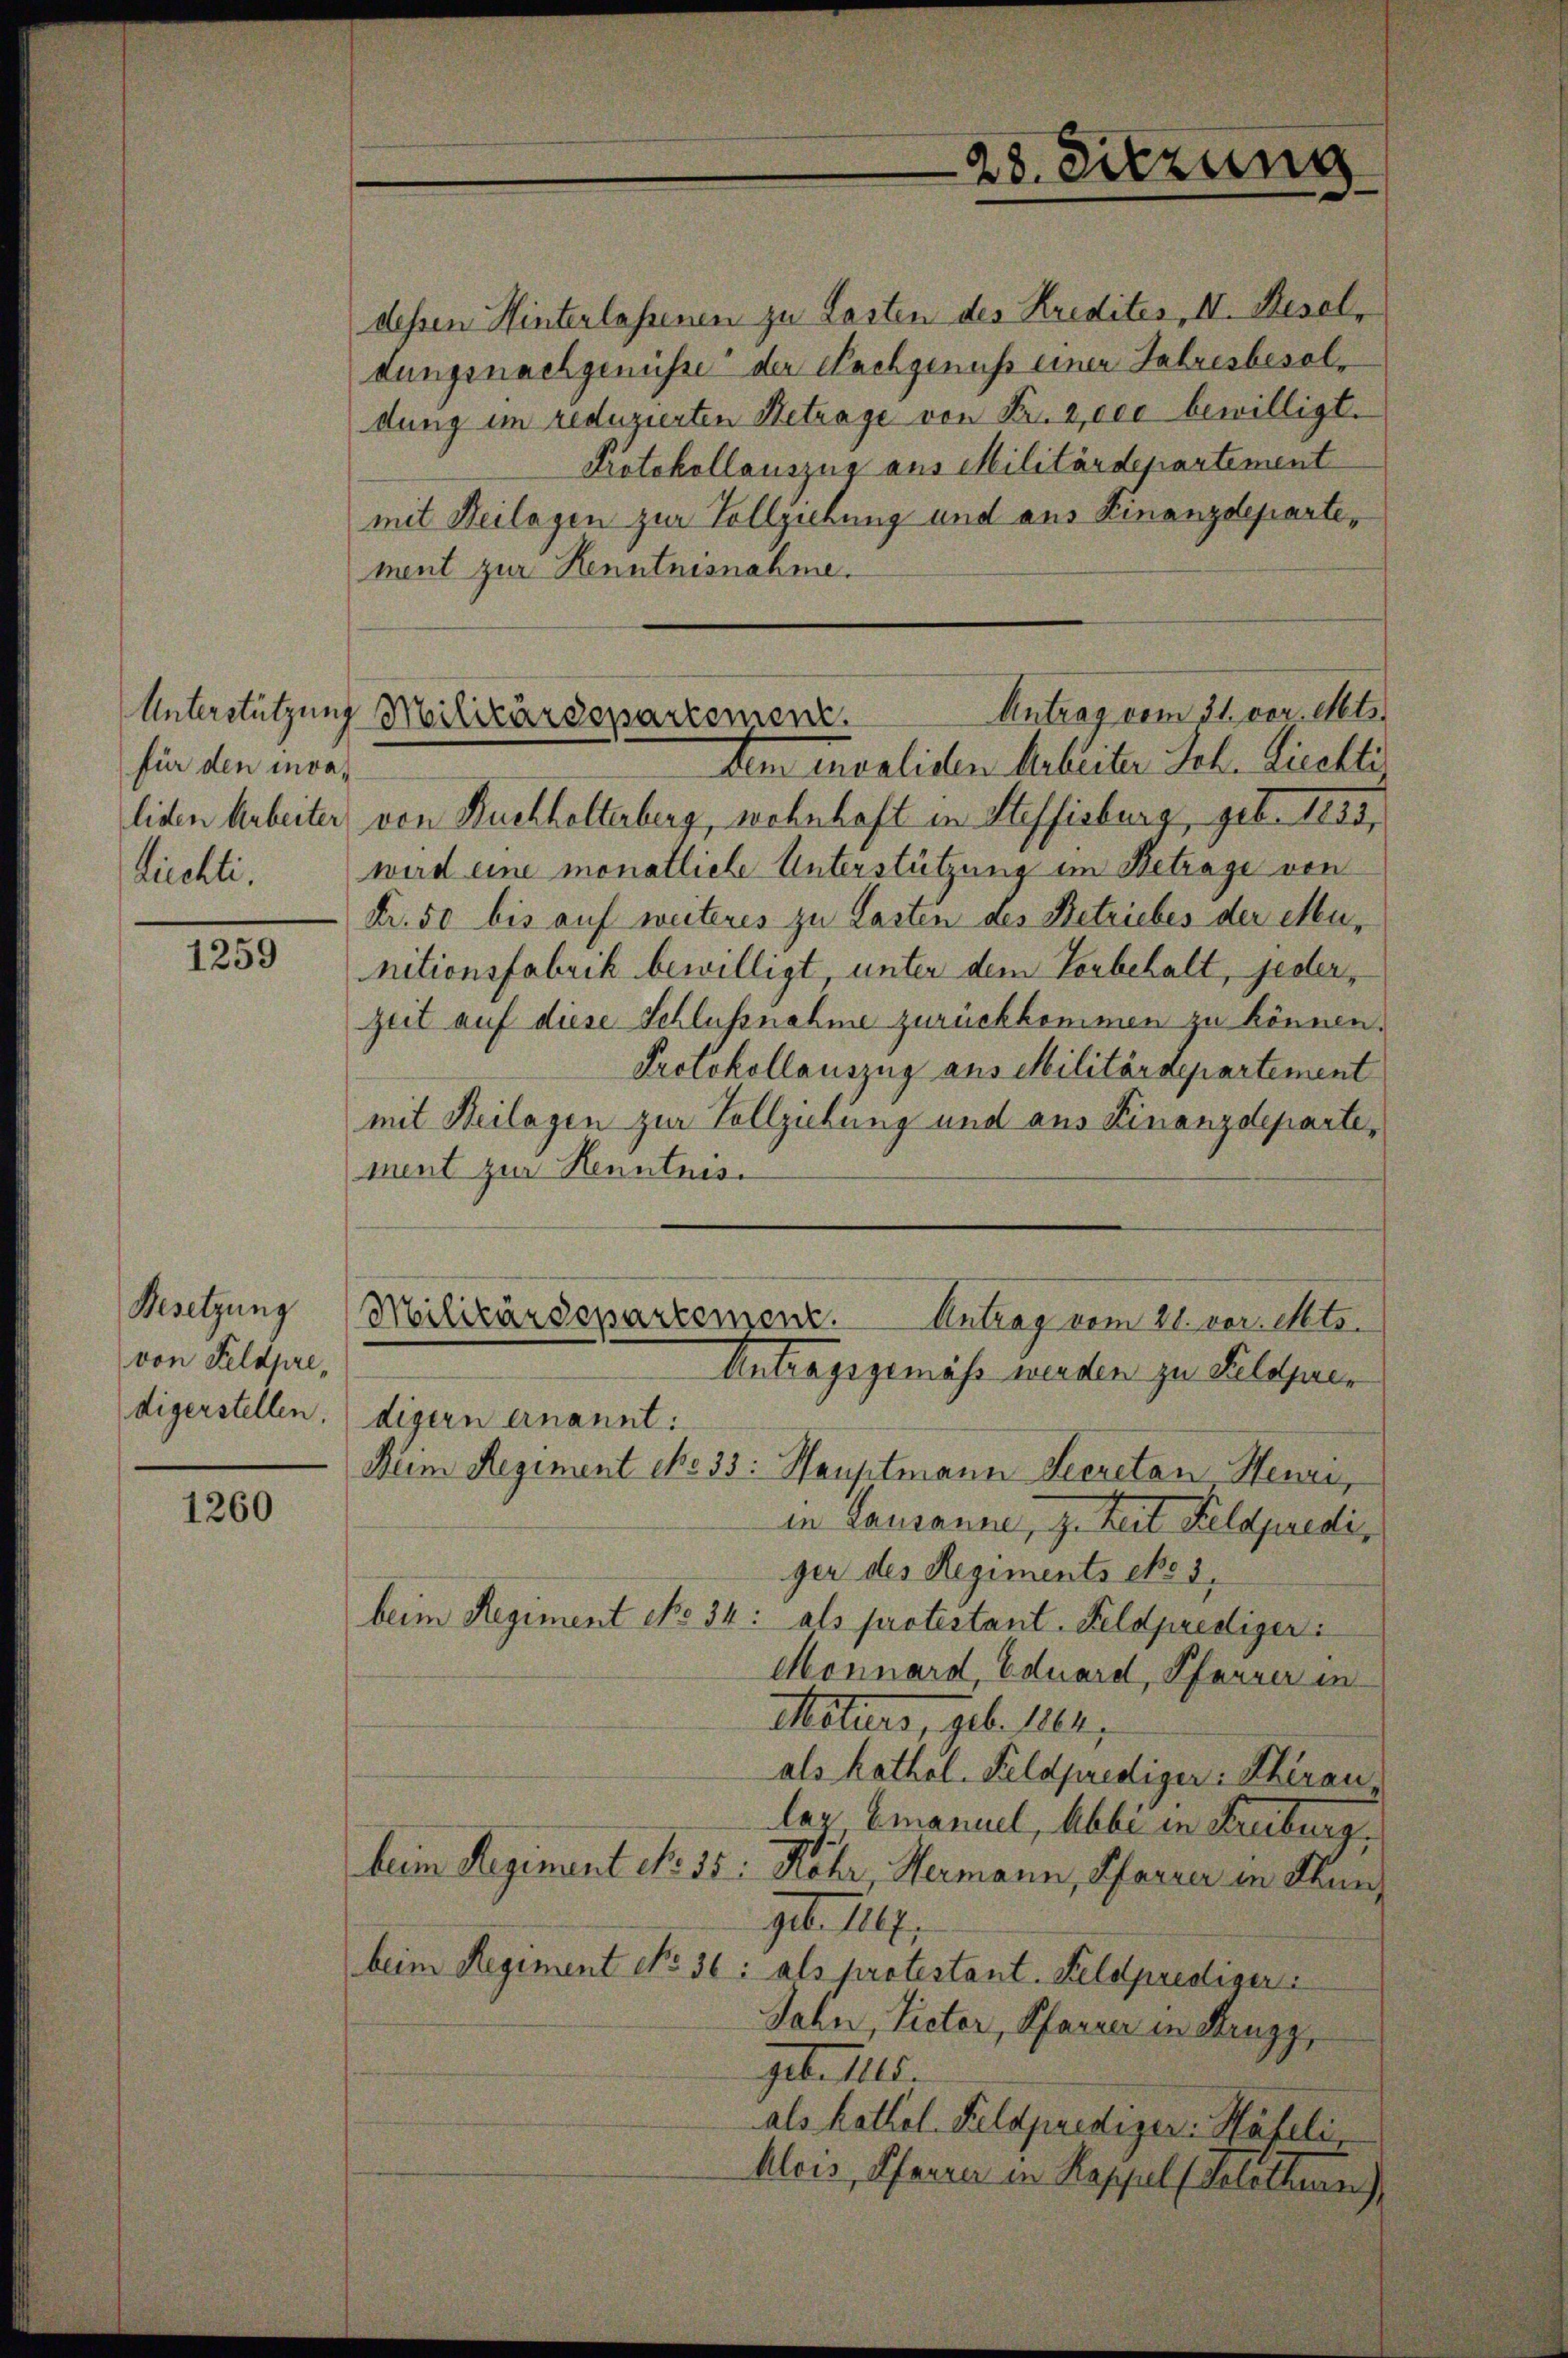
Unterstützung.
für den invaliden Arbeiter
Züchti,

1259

Besetzung
von Feldpredigerstellen.

1260

dessen Hinterlassenen zu Lasten des Kredites, II. Resel,
dungsnachgenüsse der Nachgenuss einer Jahresbesoldung im reduzierten Betrage von Fr. 2000 bewilligt.
Protokollauszug aus Militärdepartement
mit Beilagen zur Vollziehung und aus Finanzdepartement zur Kenntnisnahme.
tem Invaliden Arbeiter Sch. Liechti
von Buchhalterberg, wohnhaft in Steffisburg, geb. 1885,
wird eine monatliche Unterstützung im Betrage von
Fr. 50 bis auf weiteres zu Lasten des Betriebes der Munitionsfabrik bewilligt, unter dem Vorbehalt, jeder¬
Zeit auf diese Schlussnahme zurückkommen zu können.
Protokollauszug aus Militärdepartement
mit Heilagen zur Vollziehung und aus Finanzdeparte,
ment zur Henntnis.
Militärdepartement.
Antrag vom 21. vor. Mts.
Antragsgemäss werden zu Feldprer
digern ernannt:
Beim Regiment No 33: Hauptmann Secretan Heure,
in Lausanne, z. Zeit Feldpredi,
ger des Regiments cho 3,
beim Regiment No 34: als protestant. Feldprediger:
Monnard, Eduard, Pfarrer in
Maturs, geb. 102,
als kathol. Feldprediger: Khirau
las Emanuel, Abbe in Freiburg,
beim Regiment No. 55: Röhr, Hermann, Pfarrer in Thun
geb. 1.
beim Regiment No. 36: als protestant. Feldprestiger
Jahn, Victor, Pfarrer in Kruzz,
get. Als
als kathol. Feldprediger Häfeli,
Alois, Pfarrer in Kappel (Solothur eine eine

28. Sitzung

Antrag vom 31. vor. Mts.
Militärdepartement.